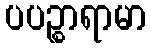
ပပဉ္စာရာမာ